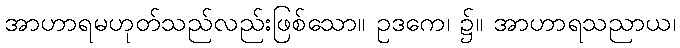
အာဟာရမဟုတ်သည်လည်းဖြစ်သော။ ဥဒကေ၊ ၌။ အာဟာရသညာယ၊